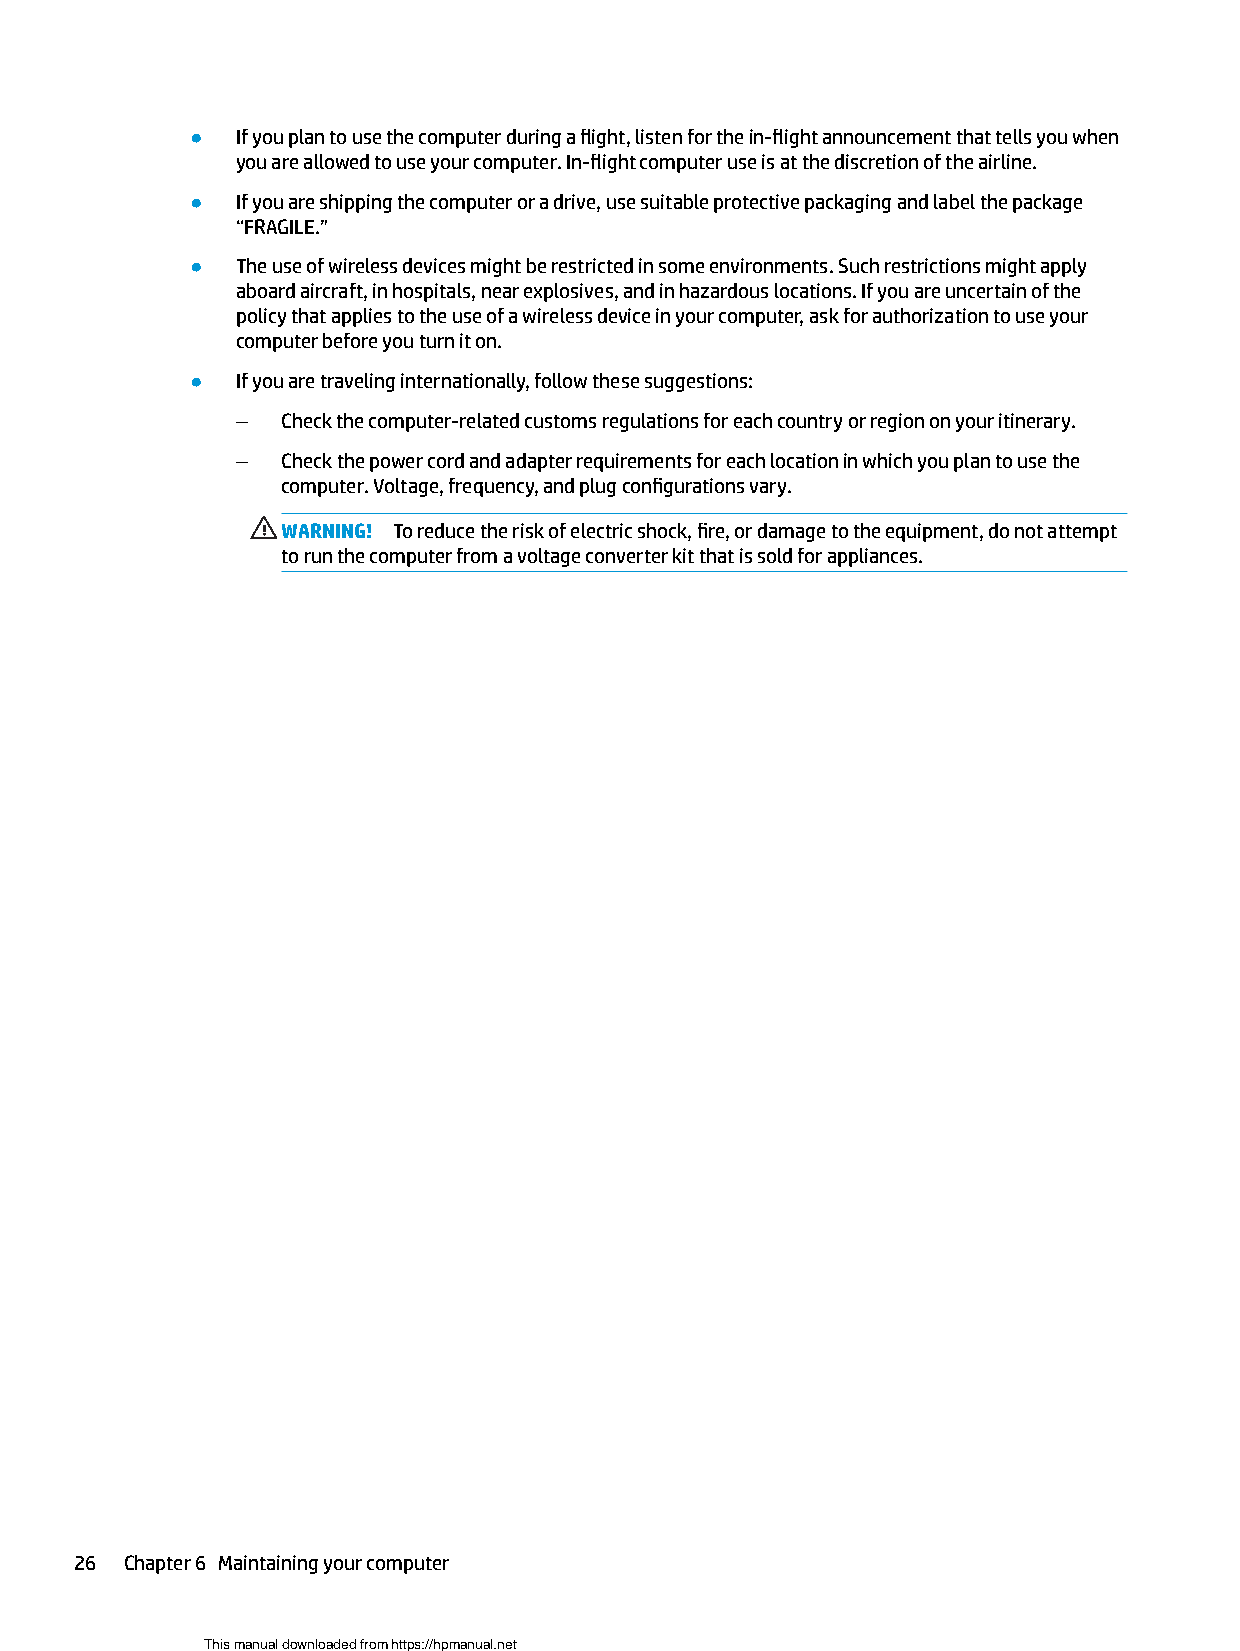
●  If you plan to use the computer during a flight, listen for the in-flight announcement that tells you when
 you are allowed to use your computer. In-flight computer use is at the discretion of the airline.
 ●  If you are shipping the computer or a drive, use suitable protective packaging and label the package
 “FRAGILE.”
 ●  The use of wireless devices might be restricted in some environments. Such restrictions might apply
 aboard aircraft, in hospitals, near explosives, and in hazardous locations. If you are uncertain of the
 policy that applies to the use of a wireless device in your computer, ask for authorization to use your
 computer before you turn it on.
 ●  If you are traveling internationally, follow these suggestions:
 –  Check the computer-related customs regulations for each country or region on your itinerary.
 –  Check the power cord and adapter requirements for each location in which you plan to use the
 computer. Voltage, frequency, and plug configurations vary.
 WARNING! To reduce the risk of electric shock, fire, or damage to the equipment, do not attempt
 to run the computer from a voltage converter kit that is sold for appliances.
 26 Chapter 6 Maintaining your computer
 This manual downloaded from https://hpmanual.net